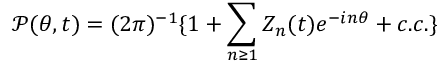
\mathcal { P } ( \theta , t ) = ( 2 \pi ) ^ { - 1 } \{ 1 + \sum _ { n \geq 1 } Z _ { n } ( t ) e ^ { - i n \theta } + c . c . \}